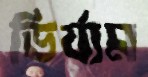
ভির্যাম